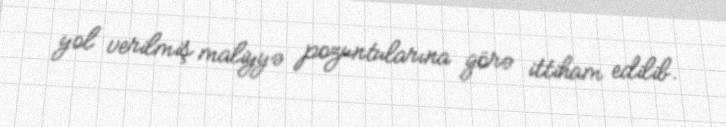
yol verilmiş maliyyə pozuntularına görə ittiham edilib.